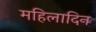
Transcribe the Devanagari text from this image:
महिलादिन